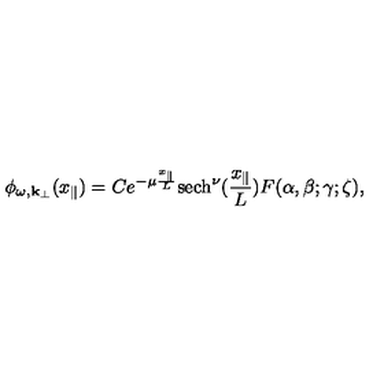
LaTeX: \phi _ { \omega , { \bf k } _ { \perp } } ( x _ { \parallel } ) = C e ^ { - \mu \frac { x _ { \parallel } } { L } } \mathrm { s e c h } ^ { \nu } ( \frac { x _ { \parallel } } { L } ) F ( \alpha , \beta ; \gamma ; \zeta ) ,